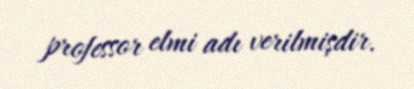
professor elmi adı verilmişdir.